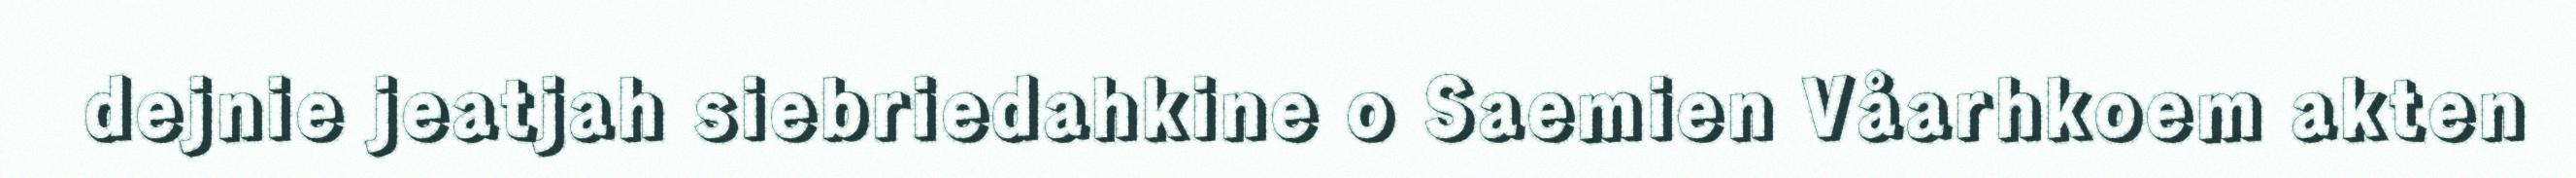
dejnie jeatjah siebriedahkine o Saemien Våarhkoem akten